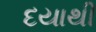
દયાથી